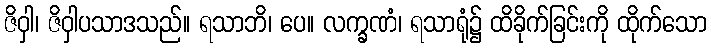
ဇိဝှါ၊ ဇိဝှါပသာဒသည်။ ရသာဘိ၊ ပေ။ လက္ခဏံ၊ ရသာရုံ၌ ထိခိုက်ခြင်းကို ထိုက်သော